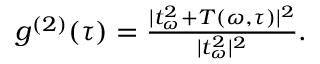
\begin{array} { r } { g ^ { ( 2 ) } ( \tau ) = \frac { | t _ { \omega } ^ { 2 } + T ( \omega , \tau ) | ^ { 2 } } { | t _ { \omega } ^ { 2 } | ^ { 2 } } . } \end{array}